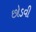
છોડવી